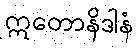
ဣတောနိဒါနံ